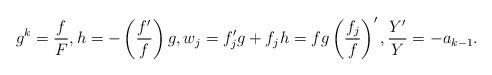
LaTeX: \begin{align*} g^k = \frac{f}{F}, h = - \left( \frac{f'}{f} \right) g, w_j = f_j' g + f_j h = fg \left( \frac{f_j}f \right)' , \frac{Y'}{Y} = - a_{k-1} . \end{align*}